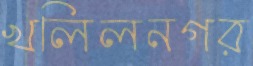
খলিলনগর